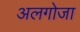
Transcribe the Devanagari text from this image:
अलगोजा